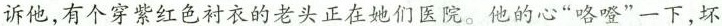
诉他,有个穿紫红色衬衣的老头正在她们医院。他的心“咯噔”一下，坏